Indian journal of veterinary science and animal husbandry - Volumes 26-27, 1956-1957
Year: 1956
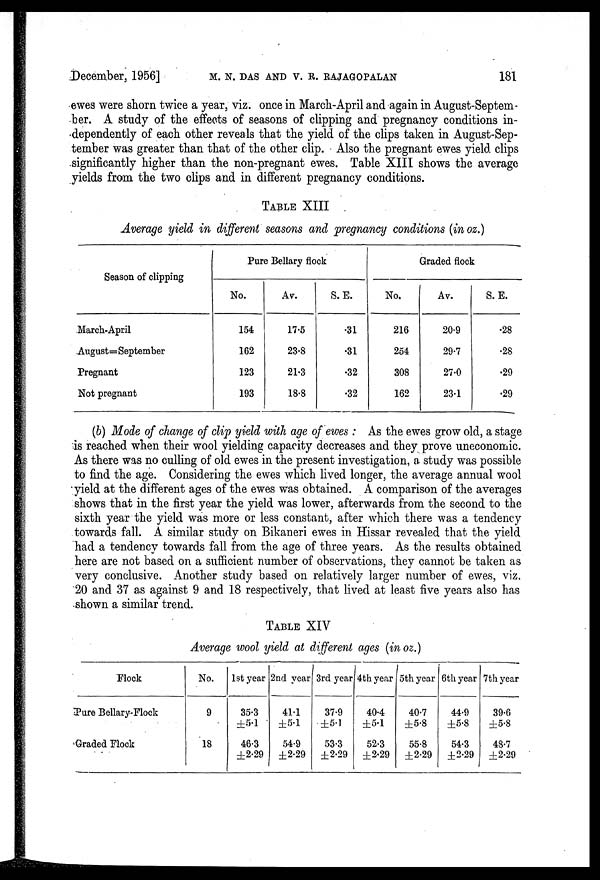
December, 1956] M. N. DAS AND V. R. RAJAGOPALAN 181
ewes were shorn twice a year, viz. once in March-April and again in August-Septem-
ber. A study of the effects of seasons of clipping and pregnancy conditions in-
dependently of each other reveals that the yield of the clips taken in August-Sep-
tember was greater than that of the other clip. Also the pregnant ewes yield clips
significantly higher than the non-pregnant ewes. Table XIII shows the average
yields from the two clips and in different pregnancy conditions.
TABLE XIII
Average yield in different seasons and pregnancy conditions (in oz.)
Season of clipping
March-April
August=September
Pregnant
Not pregnant
Pure Bellary flock
No.
154
162
123
193
Av.
17.5
23.8
21.3
18.8
S. E.
.31
.31
.32
.32
Graded flock
No.
216
254
308
162
Av.
20.9
29.7
27.0
23.1
S. E.
.28
.28
.29
.29
(b) Mode of change of clip yield with age of ewes : As the ewes grow old, a stage
is reached when their wool yielding capacity decreases and they prove uneconomic.
As there was no culling of old ewes in the present investigation, a. study was possible
to find the age. Considering the ewes which lived longer, the average annual wool
yield at the different ages of the ewes was obtained. A comparison of the averages
shows that in the first year the yield was lower, afterwards from the second to the
sixth year the yield was more or less constant, after which there was a tendency
towards fall. A similar study on Bikaneri ewes in Hissar revealed that the yield
had a tendency towards fall from the age of three years. As the results obtained
here are not based on a sufficient number of observations, they cannot be taken as
very conclusive. Another study based on relatively larger number of ewes, viz.
20 and 37 as against 9 and 18 respectively, that lived at least five years also has
shown a similar trend.
TABLE XIV
Average wool yield at different ages (in oz.)
Flock
Pure Bellary-Flock
Graded Flock
No.
9
18
1st year
35.3
±5.1
46.3
±2.29
2nd year
41.1
±5.1
54.9
±2.29
3rd year
37.9
±5.1
53.3
±2.29
4th year
40.4
±5.1
52.3
±2.29
5th year
40.7
±5.8
55.8
±2.29
6th year
44.9
±5.8
54.3
±2.29
7th year
39.6
±5.8
48.7
±2.29